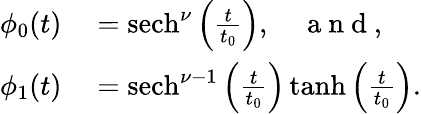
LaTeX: \begin{array}{rl}{\phi_{0}(t)}&{{}={\mathrm{sech}}^{\nu}\left(\frac{t}{t_{0}}\right),\quad\mathrm{~a~n~d~},}\\ {\phi_{1}(t)}&{{}={\mathrm{sech}}^{\nu-1}\left(\frac{t}{t_{0}}\right)\, {\mathrm{tanh}}\left(\frac{t}{t_{0}}\right).}\end{array}